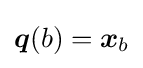
{\boldsymbol {q}}(b)={\boldsymbol {x}}_{b}